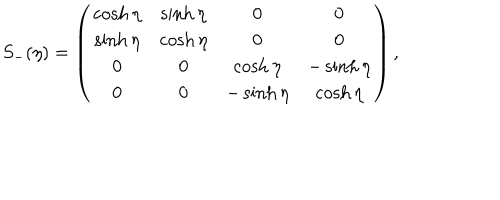
LaTeX: S _ { - } ( \eta ) = \left( \begin{matrix} { { \cosh \eta } } & { { \sinh \eta } } & { { 0 } } & { { 0 } } \\ { { \sinh \eta } } & { { \cosh \eta } } & { { 0 } } & { { 0 } } \\ { { 0 } } & { { 0 } } & { { \cosh \eta } } & { { - \sinh \eta } } \\ { { 0 } } & { { 0 } } & { { - \sinh \eta } } & { { \cosh \eta } } \\ \end{matrix} \right) ,